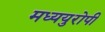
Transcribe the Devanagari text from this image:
मध्ययुरोपी